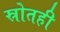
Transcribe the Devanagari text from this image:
स्रोतही